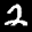
Label: 2